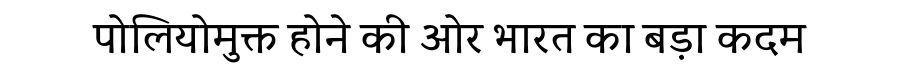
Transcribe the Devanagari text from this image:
पोलियोमुक्त होने की ओर भारत का बड़ा कदम